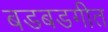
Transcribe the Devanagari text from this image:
बडबडगीत